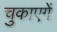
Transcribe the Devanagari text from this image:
चुकाएगें